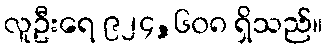
လူဦးရေ ၉၂၄,၆၀၈ ရှိသည်။